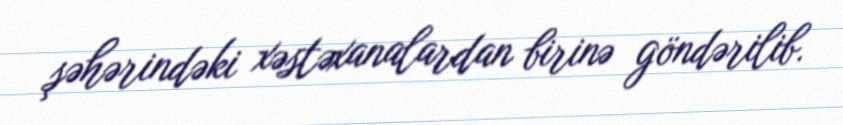
şəhərindəki xəstəxanalardan birinə göndərilib.